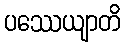
ပဿေယျာတိ